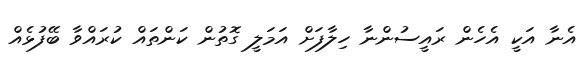
އެނާ އަކީ އެހެން ރައީސުންނާ ހިލާފަށް އަމަލީ ގޮތުން ކަންތައް ކުރައްވާ ބޭފުޅެއް